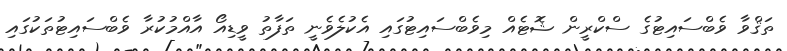
ތަޤްވާ ވެބްސައިޓުގެ ސްކްރީން ޝޮޓެއްް މިވެބްސައިޓުގައި އެކުލެވެނީ ތަފާތު ވީޑިއޯ އާއްމުކުރާ ވެބްސައިޓުތަކުގައި